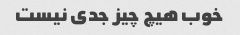
خوب هیچ چیز جدی نیست